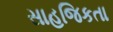
સાહજિકતા